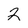
Character: 2